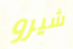
شيرو